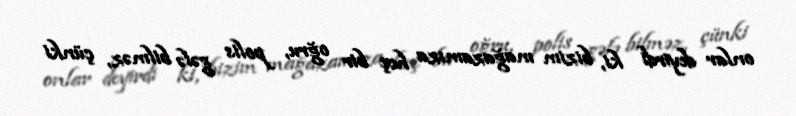
onlar deyirdi ki, bizim mağazamıza heç bir oğru, polis gələ bilməz, çünki